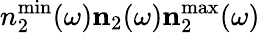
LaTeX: n_{2}^{\operatorname*{min}}(\omega)\le n_{2}(\omega)\le n_{2}^{\operatorname*{max}}(\omega)